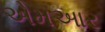
એમઆર